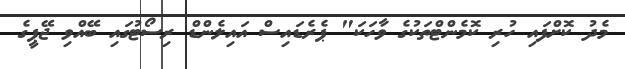
މެދު ކޮށްފައި ހުރި ކޮމެންޓްތަކުގެ ވާހަކަ" ޕެރެޑައިސް އައިލެންޑް ރިސޯޓުގައި ބޭއްވި ޖޭޕީގެ